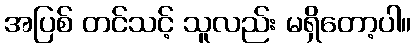
အပြစ် တင်သင့် သူလည်း မရှိတော့ပါ။